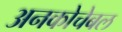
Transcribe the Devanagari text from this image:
अनकोचेबल